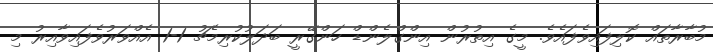
މުބާރާތައް ކޮލިފައިވެފައެވެ. މީގެ އިތުރުން އިންގްލެންޑް ހަންގޭރީ ބަދަލުކުރިމެޗު 1-1 އެއްވަރުވެފައިވާއިރު މި